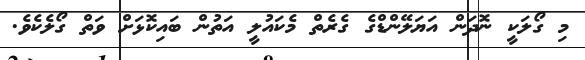
މި ގޯލަކީ ނޮދަން އަޔަލޭންޑްގެ ގެރެތް މެކައުލީ އަތުން ބައިކޮޅަށް ވަތް ގޯލެކެވެ.